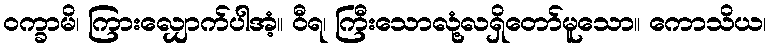
ဝက္ခာမိ၊ ကြားလျှောက်ပါအံ့။ ဝီရ၊ ကြီးသောလုံ့လရှိတော်မူသော။ ကောသိယ၊